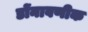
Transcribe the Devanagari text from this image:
डोंनावणीक